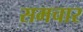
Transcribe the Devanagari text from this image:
समचार